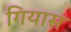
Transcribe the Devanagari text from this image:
गियास